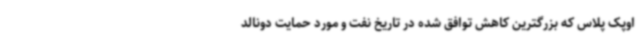
اوپک پلاس که بزرگترین کاهش توافق شده در تاریخ نفت و مورد حمایت دونالد